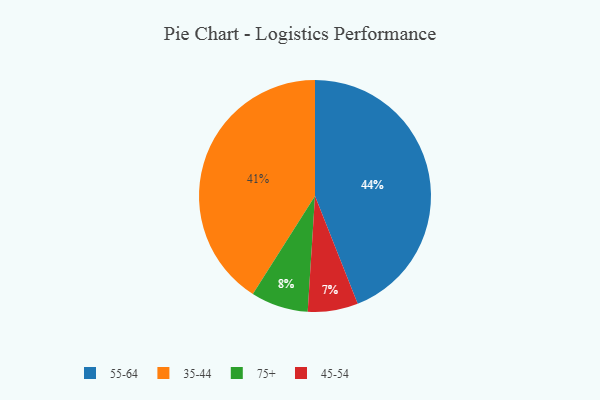
{"axis": {"x": "Category", "y": "Percentage"}, "legend": ["35-44", "45-54", "55-64", "75+"], "data": [{"x": "35-44", "y": 41, "type": "35-44"}, {"x": "75+", "y": 8, "type": "75+"}, {"x": "45-54", "y": 7, "type": "45-54"}, {"x": "55-64", "y": 44, "type": "55-64"}]}